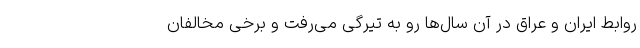
روابط ایران و عراق در آن سال‌ها رو به تیرگی می‌رفت و برخی مخالفان